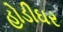
હોડીઘર